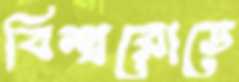
বিশ্বরোডে